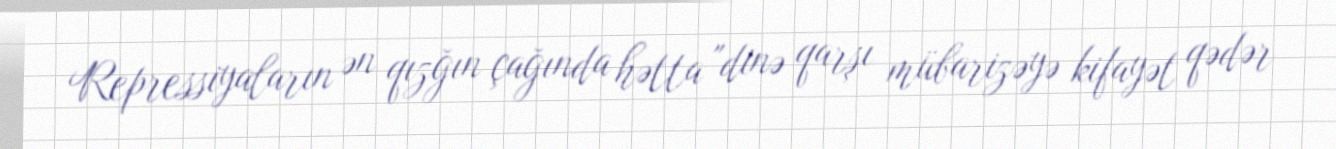
Repressiyaların ən qızğın çağında hətta "dinə qarşı mübarizəyə kifayət qədər